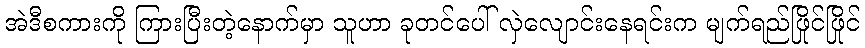
အဲဒီစကားကို ကြားပြီးတဲ့နောက်မှာ သူဟာ ခုတင်ပေါ် လှဲလျောင်းနေရင်းက မျက်ရည်ဖြိုင်ဖြိုင်